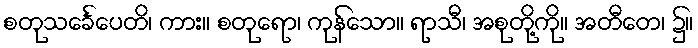
စတုသင်္ခေပေတိ၊ ကား။ စတုရော၊ ကုန်သော။ ရာသီ၊ အစုတို့ကို။ အတီတေ၊ ၌။